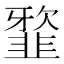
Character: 𩐆